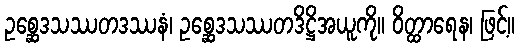
ဥစ္ဆေဒသဿတဒဿနံ၊ ဥစ္ဆေဒသဿတဒိဋ္ဌိအယူကို။ ဝိတ္ထာရေန၊ ဖြင့်။